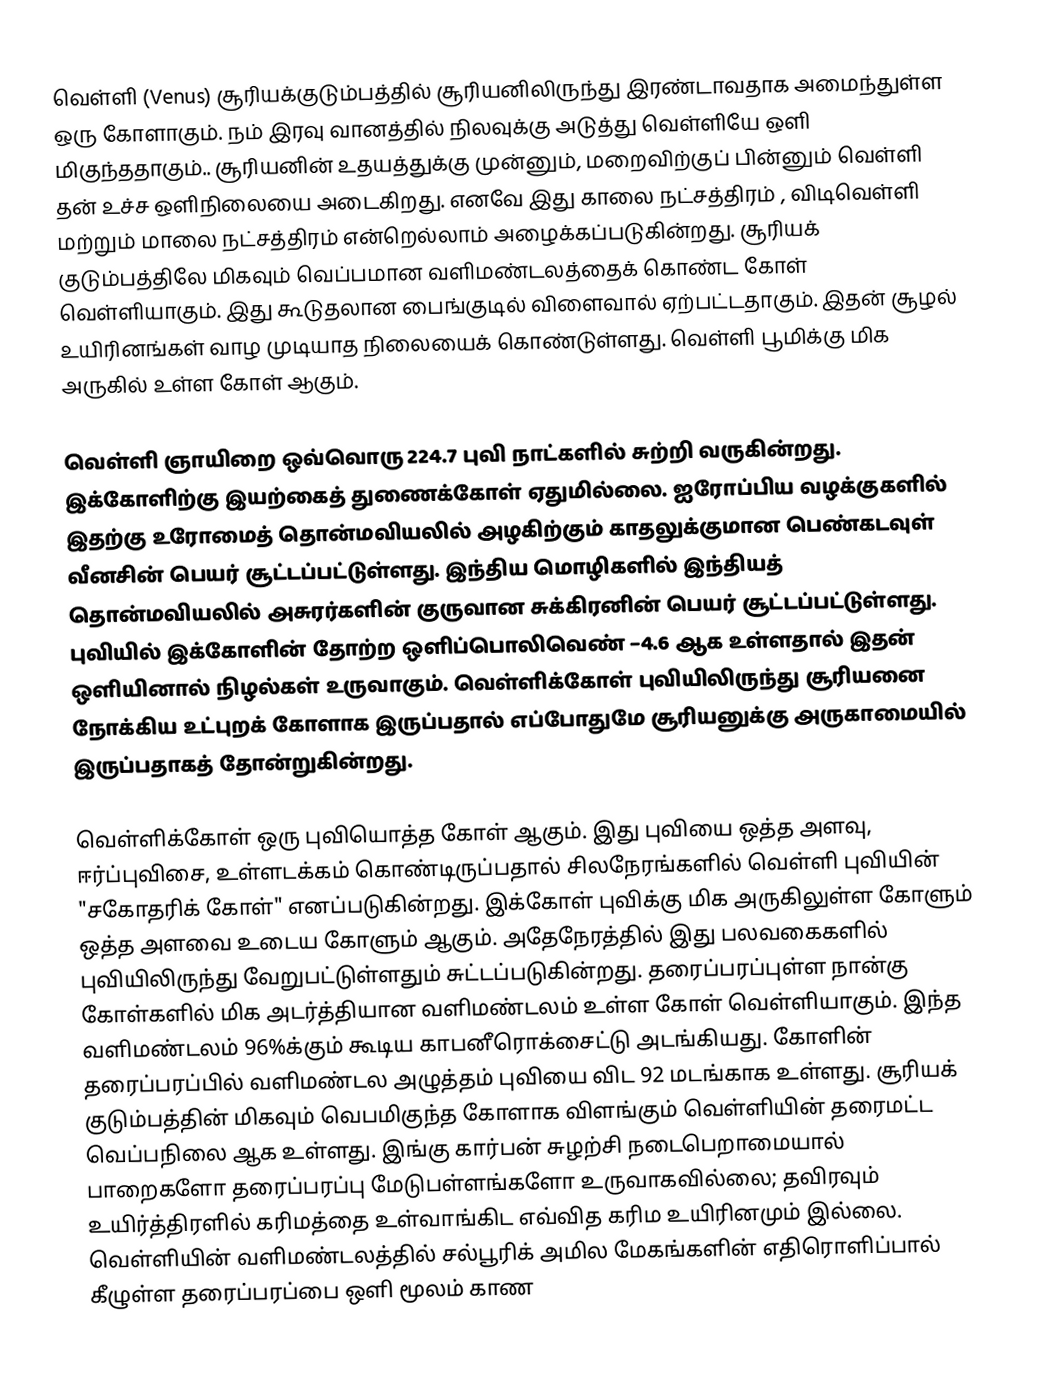
வெள்ளி (Venus) சூரியக்குடும்பத்தில் சூரியனிலிருந்து இரண்டாவதாக அமைந்துள்ள ஒரு கோளாகும். நம் இரவு வானத்தில்  நிலவுக்கு அடுத்து வெள்ளியே ஒளி மிகுந்ததாகும்.. சூரியனின் உதயத்துக்கு முன்னும், மறைவிற்குப் பின்னும் வெள்ளி தன் உச்ச ஒளிநிலையை அடைகிறது. எனவே இது காலை நட்சத்திரம் , விடிவெள்ளி மற்றும் மாலை நட்சத்திரம் என்றெல்லாம் அழைக்கப்படுகின்றது. சூரியக் குடும்பத்திலே மிகவும் வெப்பமான வளிமண்டலத்தைக் கொண்ட கோள் வெள்ளியாகும். இது கூடுதலான பைங்குடில் விளைவால் ஏற்பட்டதாகும். இதன் சூழல் உயிரினங்கள் வாழ முடியாத நிலையைக் கொண்டுள்ளது. வெள்ளி பூமிக்கு மிக அருகில் உள்ள கோள் ஆகும்.

வெள்ளி  ஞாயிறை ஒவ்வொரு 224.7 புவி நாட்களில் சுற்றி வருகின்றது. இக்கோளிற்கு இயற்கைத் துணைக்கோள் ஏதுமில்லை.  ஐரோப்பிய வழக்குகளில் இதற்கு உரோமைத் தொன்மவியலில் அழகிற்கும் காதலுக்குமான பெண்கடவுள்  வீனசின்  பெயர் சூட்டப்பட்டுள்ளது.  இந்திய மொழிகளில் இந்தியத் தொன்மவியலில் அசுரர்களின் குருவான  சுக்கிரனின்  பெயர் சூட்டப்பட்டுள்ளது. புவியில் இக்கோளின் தோற்ற ஒளிப்பொலிவெண்  −4.6 ஆக உள்ளதால் இதன் ஒளியினால் நிழல்கள் உருவாகும். வெள்ளிக்கோள் புவியிலிருந்து சூரியனை நோக்கிய உட்புறக் கோளாக இருப்பதால் எப்போதுமே சூரியனுக்கு அருகாமையில் இருப்பதாகத் தோன்றுகின்றது.

வெள்ளிக்கோள் ஒரு புவியொத்த கோள் ஆகும். இது புவியை ஒத்த அளவு, ஈர்ப்புவிசை, உள்ளடக்கம் கொண்டிருப்பதால் சிலநேரங்களில் வெள்ளி புவியின் "சகோதரிக் கோள்" எனப்படுகின்றது. இக்கோள் புவிக்கு மிக அருகிலுள்ள  கோளும் ஒத்த அளவை உடைய கோளும் ஆகும்.  அதேநேரத்தில் இது பலவகைகளில் புவியிலிருந்து வேறுபட்டுள்ளதும் சுட்டப்படுகின்றது. தரைப்பரப்புள்ள நான்கு கோள்களில் மிக அடர்த்தியான வளிமண்டலம் உள்ள கோள் வெள்ளியாகும்.  இந்த வளிமண்டலம்  96%க்கும் கூடிய காபனீரொக்சைட்டு அடங்கியது. கோளின் தரைப்பரப்பில் வளிமண்டல அழுத்தம்  புவியை விட 92 மடங்காக உள்ளது. சூரியக் குடும்பத்தின் மிகவும் வெபமிகுந்த கோளாக விளங்கும் வெள்ளியின் தரைமட்ட வெப்பநிலை ஆக உள்ளது. இங்கு கார்பன் சுழற்சி நடைபெறாமையால் பாறைகளோ தரைப்பரப்பு  மேடுபள்ளங்களோ உருவாகவில்லை; தவிரவும் உயிர்த்திரளில் கரிமத்தை உள்வாங்கிட எவ்வித கரிம உயிரினமும் இல்லை. வெள்ளியின் வளிமண்டலத்தில் சல்பூரிக் அமில மேகங்களின் எதிரொளிப்பால் கீழுள்ள தரைப்பரப்பை ஒளி மூலம் காண